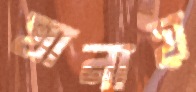
ঘানায়